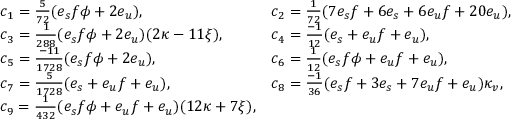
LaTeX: \begin{array} { l l } { { c _ { 1 } = { \frac { 5 } { 7 2 } } ( e _ { s } f \phi + 2 e _ { u } ) , } } & { { c _ { 2 } = { \frac { 1 } { 7 2 } } ( 7 e _ { s } f + 6 e _ { s } + 6 e _ { u } f + 2 0 e _ { u } ) , } } \\ { { c _ { 3 } = { \frac { 1 } { 2 8 8 } } ( e _ { s } f \phi + 2 e _ { u } ) ( 2 \kappa - 1 1 \xi ) , } } & { { c _ { 4 } = { \frac { - 1 } { 1 2 } } ( e _ { s } + e _ { u } f + e _ { u } ) , } } \\ { { c _ { 5 } = { \frac { - 1 1 } { 1 7 2 8 } } ( e _ { s } f \phi + 2 e _ { u } ) , } } & { { c _ { 6 } = { \frac { 1 } { 1 2 } } ( e _ { s } f \phi + e _ { u } f + e _ { u } ) , } } \\ { { c _ { 7 } = { \frac { 5 } { 1 7 2 8 } } ( e _ { s } + e _ { u } f + e _ { u } ) , } } & { { c _ { 8 } = { \frac { - 1 } { 3 6 } } ( e _ { s } f + 3 e _ { s } + 7 e _ { u } f + e _ { u } ) \kappa _ { v } , } } \\ { { c _ { 9 } = { \frac { 1 } { 4 3 2 } } ( e _ { s } f \phi + e _ { u } f + e _ { u } ) ( 1 2 \kappa + 7 \xi ) , } } \end{array}